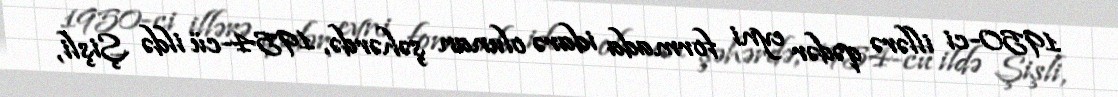
1950-ci illərə qədər eyni formada idarə olunan şəhərdə, 1954-cü ildə Şişli,